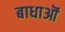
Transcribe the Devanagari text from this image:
बाधाऒं